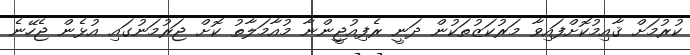
ކުރުމަށް ޤާއިމުކޮށްފައިވާ މަރުކަޒުތަކުން ދަނީ ރެފިއުޖީންނާ މުއާމަލާތު ކޮށް ޖަރުމަނުގައި އުޅެން ޖެހޭނެ